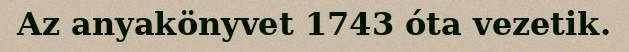
Az anyakönyvet 1743 óta vezetik.